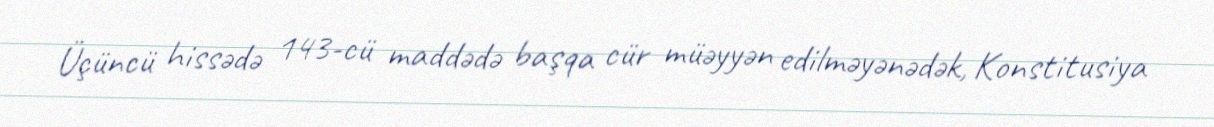
Üçüncü hissədə 143-cü maddədə başqa cür müəyyən edilməyənədək, Konstitusiya